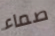
صماء